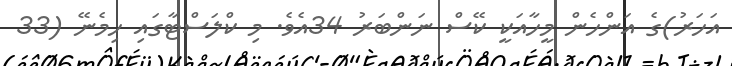
އަހަރު)ގެ އަންހެން މީހާއަކީ ކޭސް ނަންބަރު 34އެވެ. މި ކްލަސްޓާގައި ހިމެނޭ (33